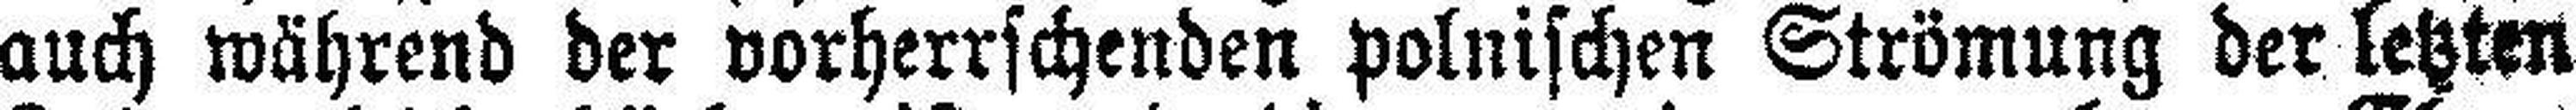
auch während der vorherrschenden polnischen Strömung der letzten